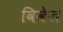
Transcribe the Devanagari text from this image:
विकेत